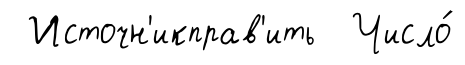
Источн'икправ'ить Число́